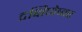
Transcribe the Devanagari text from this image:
दक्षिणेष्वर